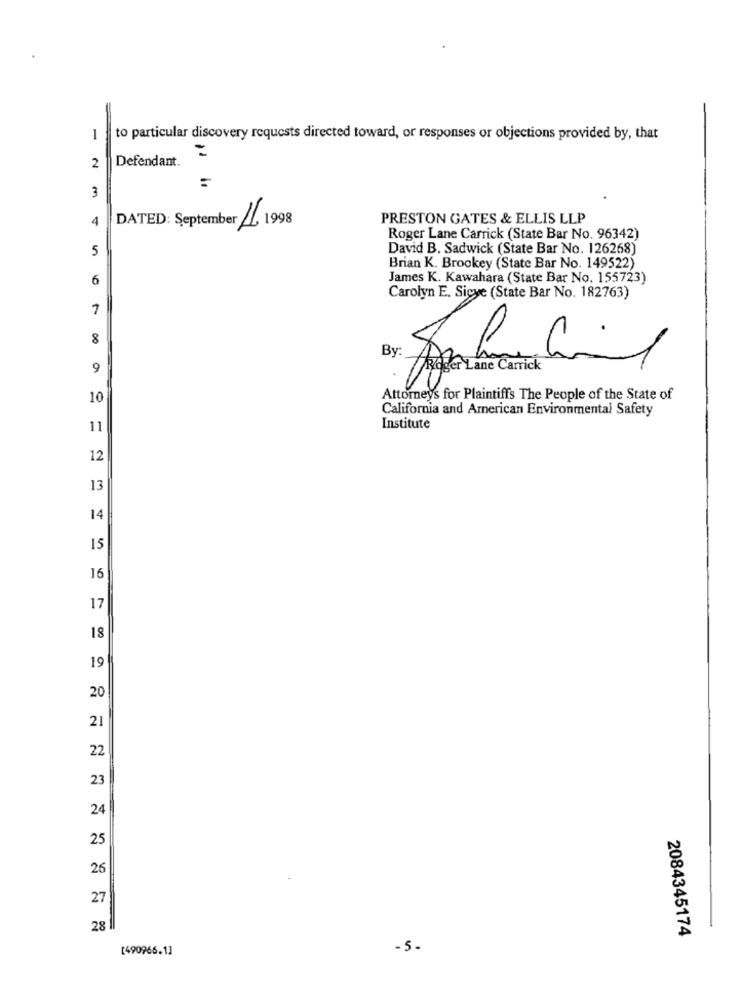
1
to particular discovery requests directed toward, or responses or objections provided by, that
Defendant.
2
3
4
DATED: September //, 1998
PRESTON GATES & ELLIS LLP
Roger Lane Carrick (State Bar No. 96342)
5
David B. Sadwick (State Bar No. 126268)
Brian K. Brookey (State Bar No. 149522)
6
James K. Kawahara (State Bar No. 155723)
Carolyn E. Sicye (State Bar No. 182763)
7
8
By:
9
Roger Lane Carrick
10
Attorneys for Plaintiffs The People of the State of
California and American Environmental Safety
11
Institute
12
13
14
15
16
17
18
19
20
21
22
23
24
25
26
27
28
2084345174
[490966.1]
-5.